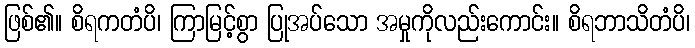
ဖြစ်၏။ စိရကတံပိ၊ ကြာမြင့်စွာ ပြုအပ်သော အမှုကိုလည်းကောင်း။ စိရဘာသိတံပိ၊